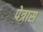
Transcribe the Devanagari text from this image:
पेत्रास